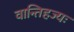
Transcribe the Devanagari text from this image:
वान्तिहज्यः